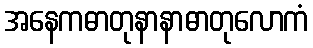
အနေကဓာတုနာနာဓာတုလောကံ